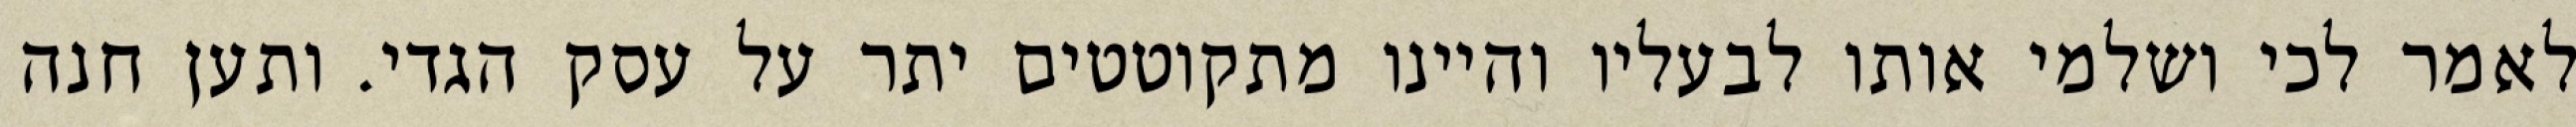
לאמר לכי ושלמי אותו לבעליו והיינו מתקוטטים יתר על עסק הגדי. ותען חנה